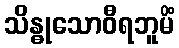
သိန္ဓုသောဝီရဘူမိံ